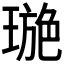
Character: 𤧾